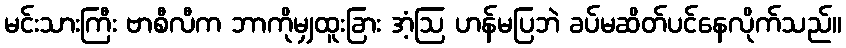
မင်းသားကြီး ဗာစီလီက ဘာကိုမျှထူးခြား အံ့ဩ ဟန်မပြဘဲ ခပ်မဆိတ်ပင်နေလိုက်သည်။